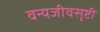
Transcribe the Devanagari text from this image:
वन्यजीवसृष्टी